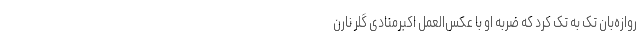
روازه‌بان تک به تک کرد که ضربه او با عکس‌العمل اکبرمنادی گلر نارن